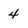
Character: 4